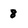
Character: 8